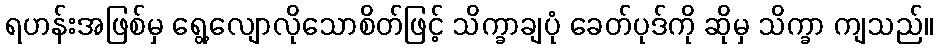
ရဟန်းအဖြစ်မှ ရွေ့လျောလိုသောစိတ်ဖြင့် သိက္ခာချပုံ ခေတ်ပုဒ်ကို ဆိုမှ သိက္ခာ ကျသည်။